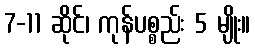
7-11 ဆိုင်၊ ကုန်ပစ္စည်း 5 မျိုး။